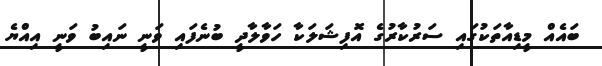
ބައެއް މީޑިއާތަކުގައި ސަރުކާރުގެ އޮފިޝަލަކާ ހަވާލާދީ ބުނެފައި ވަނީ ނައިބު ވަނީ އިއްޔެ